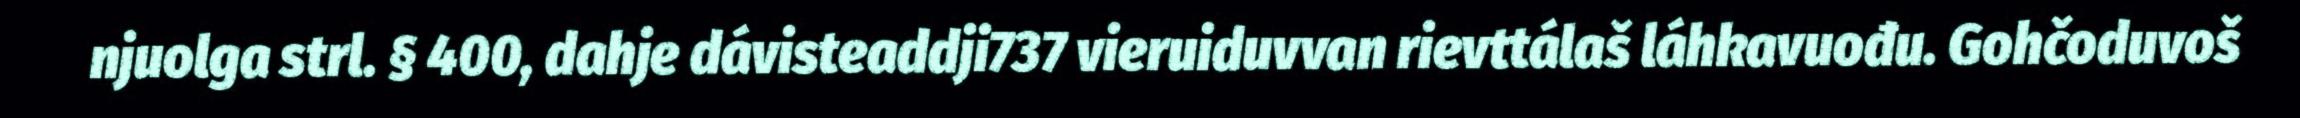
njuolga strl. § 400, dahje dávisteaddji737 vieruiduvvan rievttálaš láhkavuođu. Gohčoduvoš